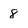
Character: 8